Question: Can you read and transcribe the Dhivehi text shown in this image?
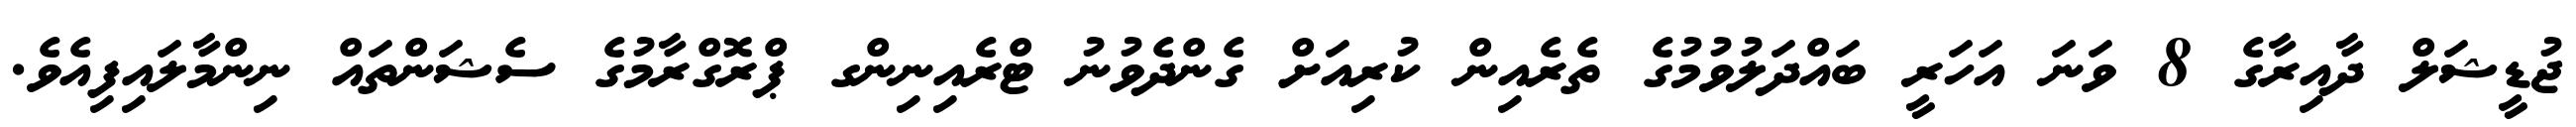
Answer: ޖުޑީޝަލް ދާއިރާގެ 8 ވަނަ އަހަރީ ބައްދަލުވުމުގެ ތެރެއިން ކުރިއަށް ގެންދެވުނު ޓްރެއިނިންގ ޕްރޮގްރާމުގެ ސެޝަންތައް ނިންމާލައިފިއެވެ.